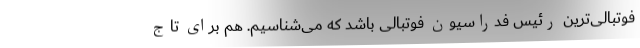
فوتبالی‌ترین رئیس فدراسیون فوتبالی باشد که می‌شناسیم. هم برای تاج